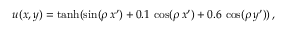
\begin{array} { r } { u ( x , y ) = \operatorname { t a n h } ( \sin ( \rho \, x ^ { \prime } ) + 0 . 1 \, \cos ( \rho \, x ^ { \prime } ) + 0 . 6 \, \cos ( \rho \, y ^ { \prime } ) ) \, , } \end{array}